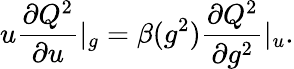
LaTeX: u\frac{\partial Q^{2}}{\partial u}|_{g}=\beta(g^{2})\frac{\partial Q^{2}}{\partial g^{2}}|_{u}.